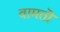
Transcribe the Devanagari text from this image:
वामतॊ